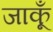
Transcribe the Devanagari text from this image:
जाकूँ